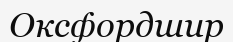
Оксфордшир